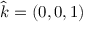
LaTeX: { \boldsymbol { \hat { k } } } = ( 0 , 0 , 1 )